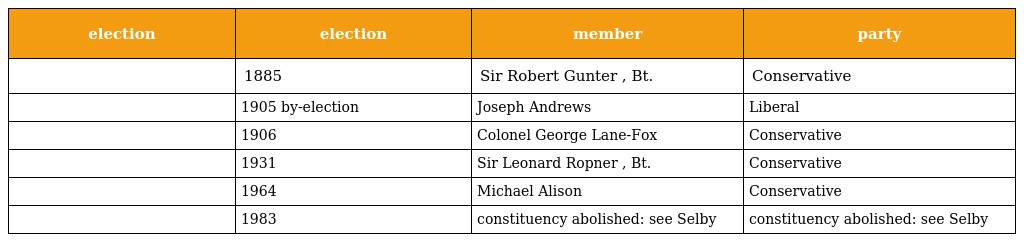
| election | election | member | party |
 | --- | --- | --- | --- |
 |  | 1885 | Sir Robert Gunter , Bt. | Conservative |
 |  | 1905 by-election | Joseph Andrews | Liberal |
 |  | 1906 | Colonel George Lane-Fox | Conservative |
 |  | 1931 | Sir Leonard Ropner , Bt. | Conservative |
 |  | 1964 | Michael Alison | Conservative |
 |  | 1983 | constituency abolished: see Selby | constituency abolished: see Selby |